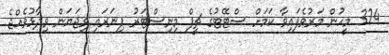
324 މީހުން މަރުވެފައިވާ ކަމަށް ސްޓޭޓުގެ ޗީފް މިނިސްޓަރު ޕިނަރައި ވިޖަޔަން ވިދާޅުވެއްޖެ